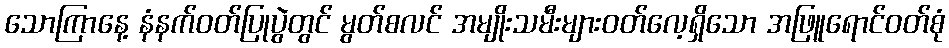
သောကြာနေ့ နံနက်ဝတ်ပြုပွဲတွင် မွတ်စလင် အမျိုးသမီးများဝတ်လေ့ရှိသော အဖြူရောင်ဝတ်စုံ